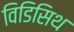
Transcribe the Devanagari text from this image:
विडिसिथ